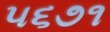
૫૬૭૧